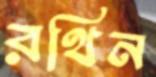
রথিন